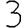
Digit: 3